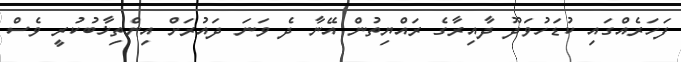
ފަހަރެއްގައި ކުޑަހުވަދޫ ދާއިރާގެ ރައްޔިތުން އޭނާ ދެ ވަނަ ދައުރަށް އިންތިޚާބުކުރީ ވެސް